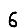
Digit: 6